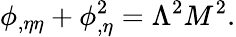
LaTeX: \phi_{,\eta\eta}+\phi_{,\eta}^{2}=\Lambda^{2}M^{2}.